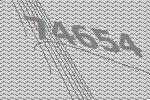
74654